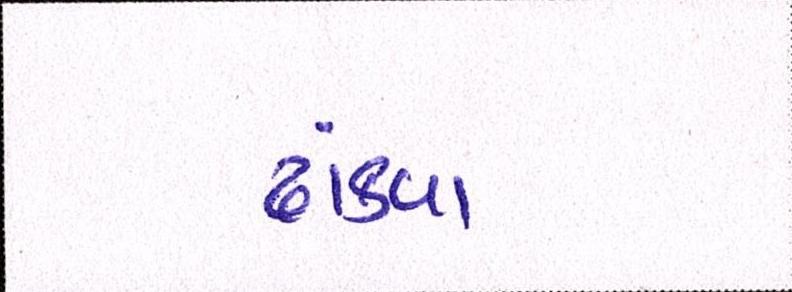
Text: ઢાંકવા